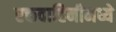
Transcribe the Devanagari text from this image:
रक्तवाहिनीमध्ये